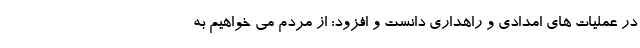
در عملیات های امدادی و راهداری دانست و افزود: از مردم می خواهیم به